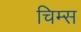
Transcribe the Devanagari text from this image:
चिम्स